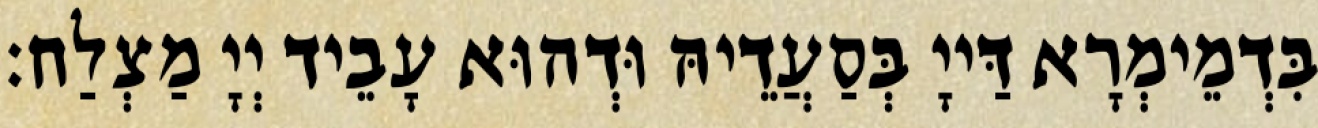
בִּדְמֵימְרָא דַּייָ בְּסַעֲדֵיהּ וּדְהוּא עָבֵיד יְיָ מַצְלַח׃